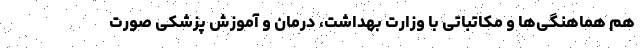
هم هماهنگی‌ها و مکاتباتی با وزارت بهداشت، درمان و آموزش پزشکی صورت